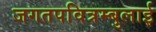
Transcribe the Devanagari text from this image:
जगतपवित्रम्बुलाई